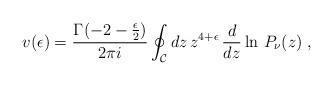
LaTeX: \begin{align*}v(\epsilon)=\frac{\Gamma(-2-{\epsilon \over 2})}{2\pi i}\oint_{\mathcal C}dz\,z^{4+\epsilon}\,\frac{d}{dz}\ln \,P_\nu(z)\;,\end{align*}